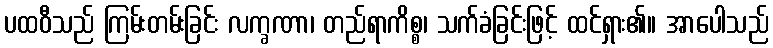
ပထဝီသည် ကြမ်းတမ်းခြင်း လက္ခဏာ၊ တည်ရာကိစ္စ၊ သက်ခံခြင်းဖြင့် ထင်ရှား၏။ အာပေါသည်